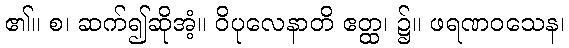
၏။ စ၊ ဆက်၍ဆိုအံ့။ ဝိပုလေနာတိ ဧတ္ထ၊ ၌။ ဖရဏဝသေန၊